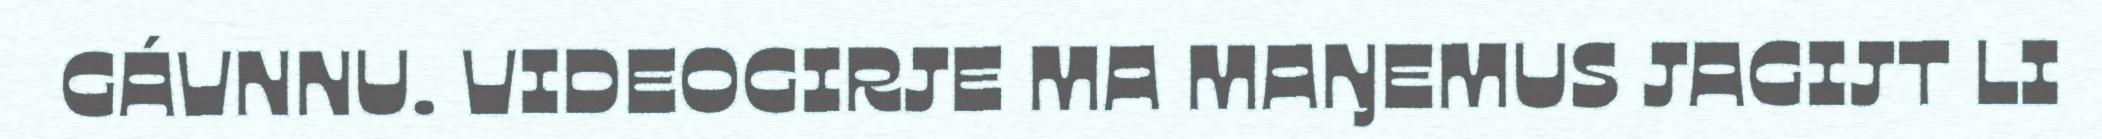
GÁVNNU. VIDEOGIRJE MA MAŊEMUS JAGIJT LI